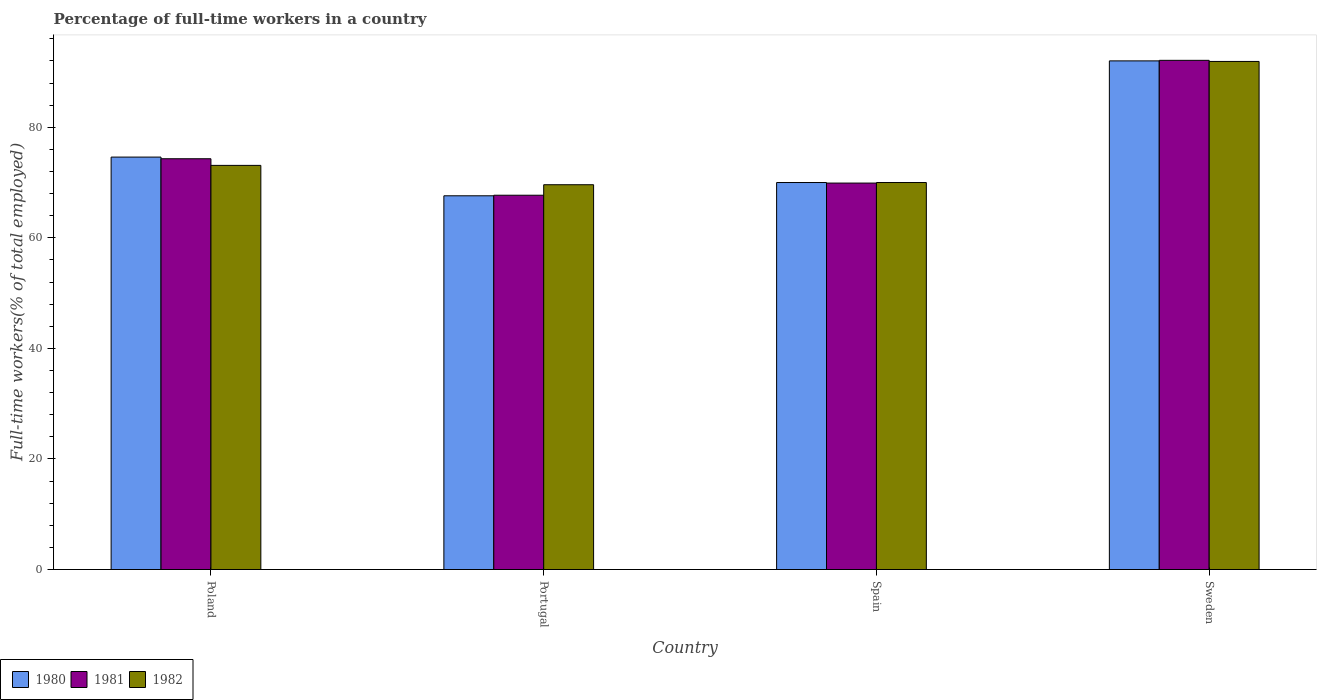
| Country | 1980 | 1981 | 1982 |
 | --- | --- | --- | --- |
 | Poland | 74.6 | 74.3 | 73.1 |
 | Portugal | 67.6 | 67.7 | 69.6 |
 | Spain | 70 | 69.9 | 70 |
 | Sweden | 92 | 92.1 | 91.9 |